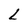
Character: L